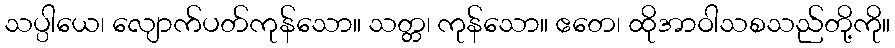
သပ္ပါယေ၊ လျောက်ပတ်ကုန်သော။ သတ္တ၊ ကုန်သော။ ဧတေ၊ ထိုအာဝါသစသည်တို့ကို။